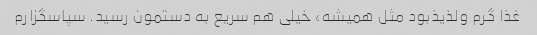
غذا گرم ولذیذبود مثل همیشه، خیلی هم سریع به دستمون رسید. سپاسگزارم